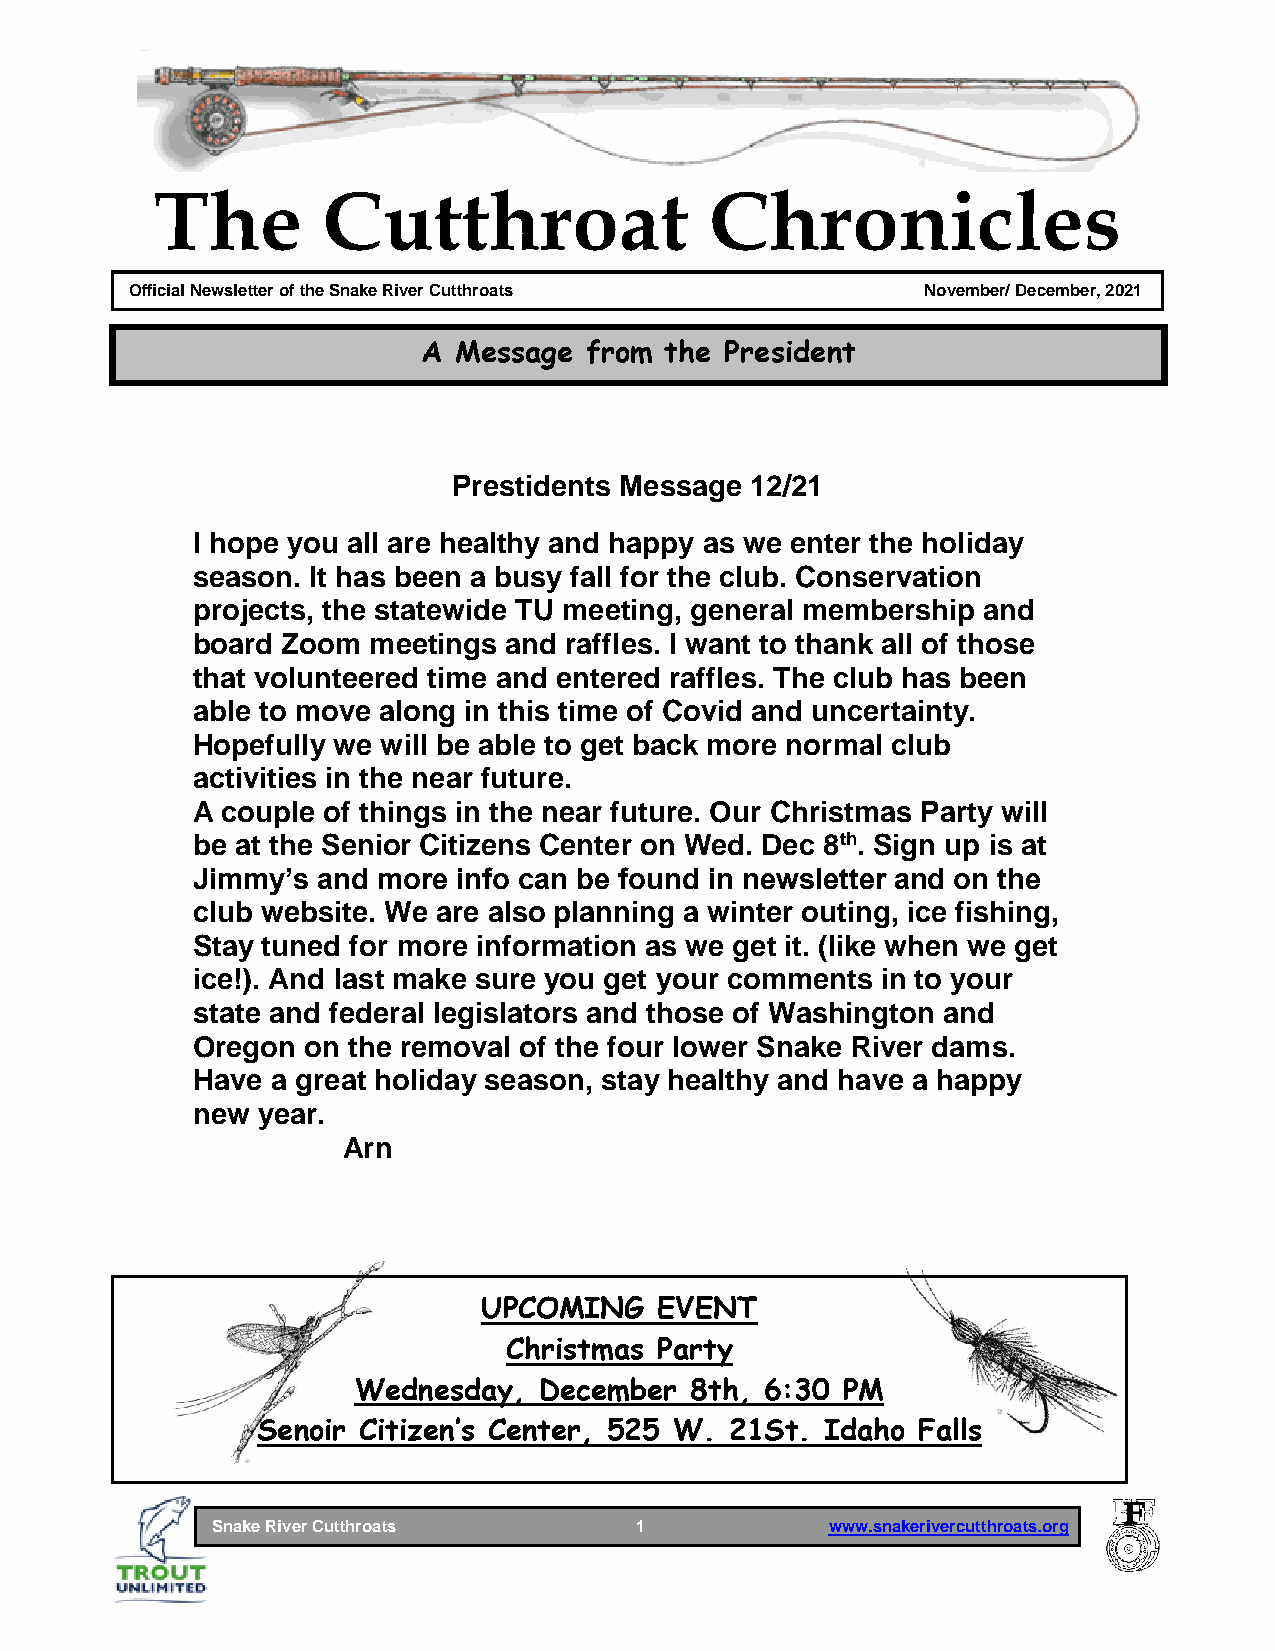
The        Cutthroat                 Chronicles
 Official Newsletter of the Snake River Cutthroats   November/ December, 2021
 January 2010December 2009
 A Message  from the President
 Prestidents Message 12/21
 I hope you all are healthy and happy as we enter the holiday
 season. It has been a busy fall for the club. Conservation
 projects, the statewide TU meeting, general membership and
 board Zoom meetings and raffles. I want to thank all of those
 that volunteered time and entered raffles. The club has been
 able to move along in this time of Covid and uncertainty.
 Hopefully we will be able to get back more normal club
 activities in the near future.
 A couple of things in the near future. Our Christmas Party will
 be at the Senior Citizens Center on Wed. Dec 8th. Sign up is at
 Jimmy’s and more info can be found in newsletter and on the
 club website. We are also planning a winter outing, ice fishing,
 Stay tuned for more information as we get it. (like when we get
 ice!). And last make sure you get your comments in to your
 state and federal legislators and those of Washington and
 Oregon on the removal of the four lower Snake River dams.
 Have a great holiday season, stay healthy and have a happy
 new year.
 Arn
 U P C O M I N G E V E N T
 Christmas Party
 Wednesday,   December  8th, 6:30 PM
 Senoir Citizen’s Center, 525 W. 21St. Idaho Falls
 Snake River Cutthroats      1            www.snakerivercutthroats.org